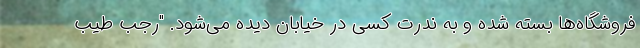
فروشگاه‌ها بسته شده و به ندرت کسی در خیابان دیده می‌شود. "رجب طیب